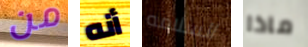
من أنه السلامه ماذا